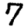
Digit: 7